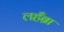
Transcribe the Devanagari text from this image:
लहँब्रा